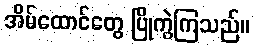
အိမ်ထောင်တွေ ပြိုကွဲကြသည်။